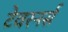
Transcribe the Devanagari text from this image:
टेवरनर्स